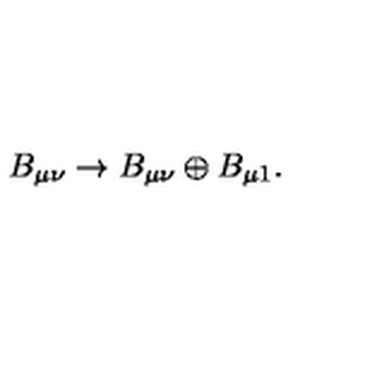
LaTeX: B _ { \mu \nu } \to B _ { \mu \nu } \oplus B _ { \mu 1 } .